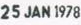
25 JAN 1978